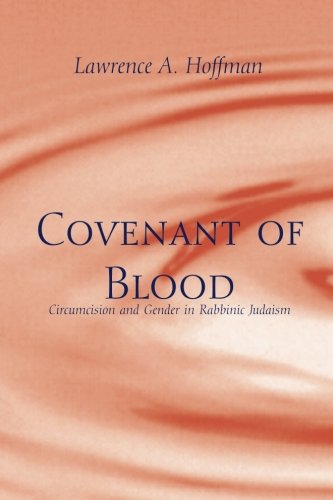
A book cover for Covenant of Blood: Circumcision and Gender in Rabbinic Judaism (Chicago Studies in the History of Judaism); Lawrence A. Hoffman; Religion & Spirituality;